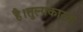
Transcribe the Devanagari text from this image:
है।तुल्यकारक